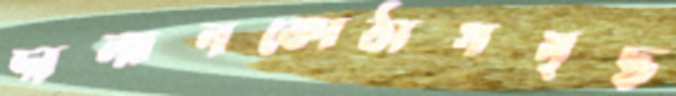
দালানকোঠাসমৃদ্ধ